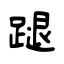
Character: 蹆